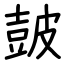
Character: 皷